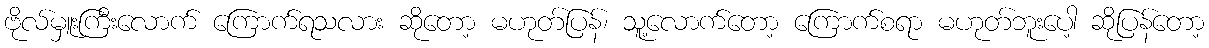
ဗိုလ်မှူးကြီးလောက် ကြောက်ရသလား ဆိုတော့ မဟုတ်ပြန်၊ သူ့လောက်တော့ ကြောက်စရာ မဟုတ်ဘူးပေါ့ ဆိုပြန်တော့